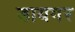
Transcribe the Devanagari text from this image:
डायगर